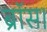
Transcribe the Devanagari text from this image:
ब्रॉस।